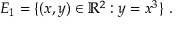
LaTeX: E _ { 1 } = \{ ( x , y ) \in \mathbb { R } ^ { 2 } : y = x ^ { 3 } \} \ .